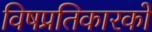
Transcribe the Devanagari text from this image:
विषप्रतिकारकों